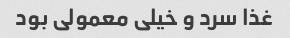
غذا سرد و خیلی معمولی بود